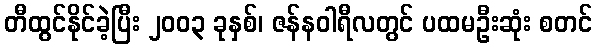
တီထွင်နိုင်ခဲ့ပြီး ၂၀၀၃ ခုနှစ်၊ ဇန်နဝါရီလတွင် ပထမဦးဆုံး စတင်